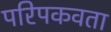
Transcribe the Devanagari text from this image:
परिपकवता